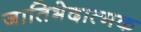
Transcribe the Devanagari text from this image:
जातिभेदात्मक